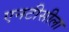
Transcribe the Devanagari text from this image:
एनटीसीला